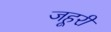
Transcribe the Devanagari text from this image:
जहूरी